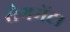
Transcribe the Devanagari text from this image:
सेगमेंट।